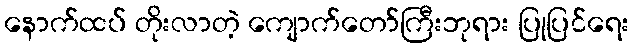
နောက်ထပ် တိုးလာတဲ့ ကျောက်တော်ကြီးဘုရား ပြုပြင်ရေး